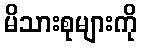
မိသားစုများကို